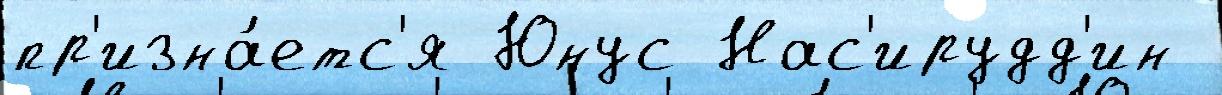
пр'изна́етс'я Юнус Нас'ирудд'ин